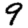
Digit: 9